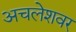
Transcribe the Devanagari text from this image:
अचलेशवर